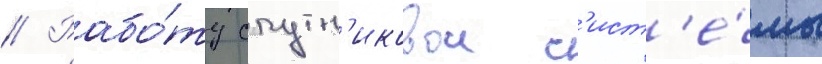
// Рабо́ту спутн'иковои с'ист'е́мы